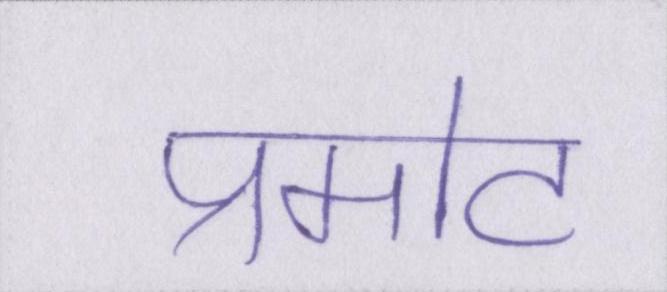
प्रमोट